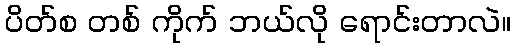
ပိတ်စ တစ် ကိုက် ဘယ်လို ရောင်းတာလဲ။